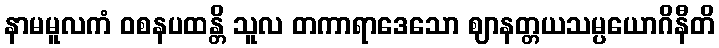
နာမမူလကံ ဝစနပထန္တိ သူလ တကာရာဒေသော ဈာနတ္တယသမ္ပယောဂိနီတိ